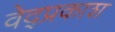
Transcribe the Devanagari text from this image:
वेद्प्रकाश